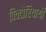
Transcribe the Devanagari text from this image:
विक्टोरियायी